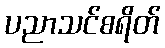
ပညာသင်စရိတ်